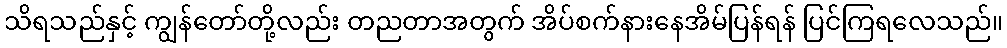
သိရသည်နှင့် ကျွန်တော်တို့လည်း တညတာအတွက် အိပ်စက်နားနေအိမ်ပြန်ရန် ပြင်ကြရလေသည်။